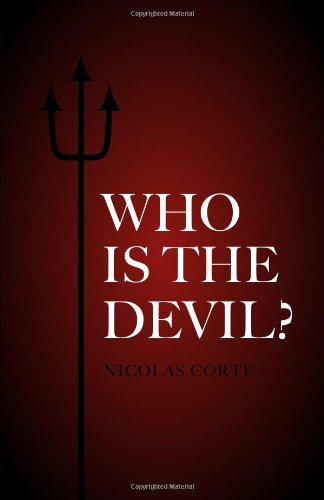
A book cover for Who Is the Devil?; Nicolas Corte; Religion & Spirituality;